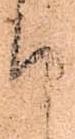
て